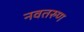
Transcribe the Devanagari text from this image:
नवतरुण